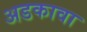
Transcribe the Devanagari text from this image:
अडकावा